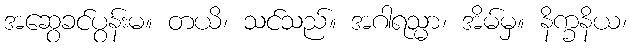
အဆွေခင်ပွန်းမ။ တယိ၊ သင်သည်။ အဂါရသ္မာ၊ အိမ်မှ။ နိက္ခနိယ၊